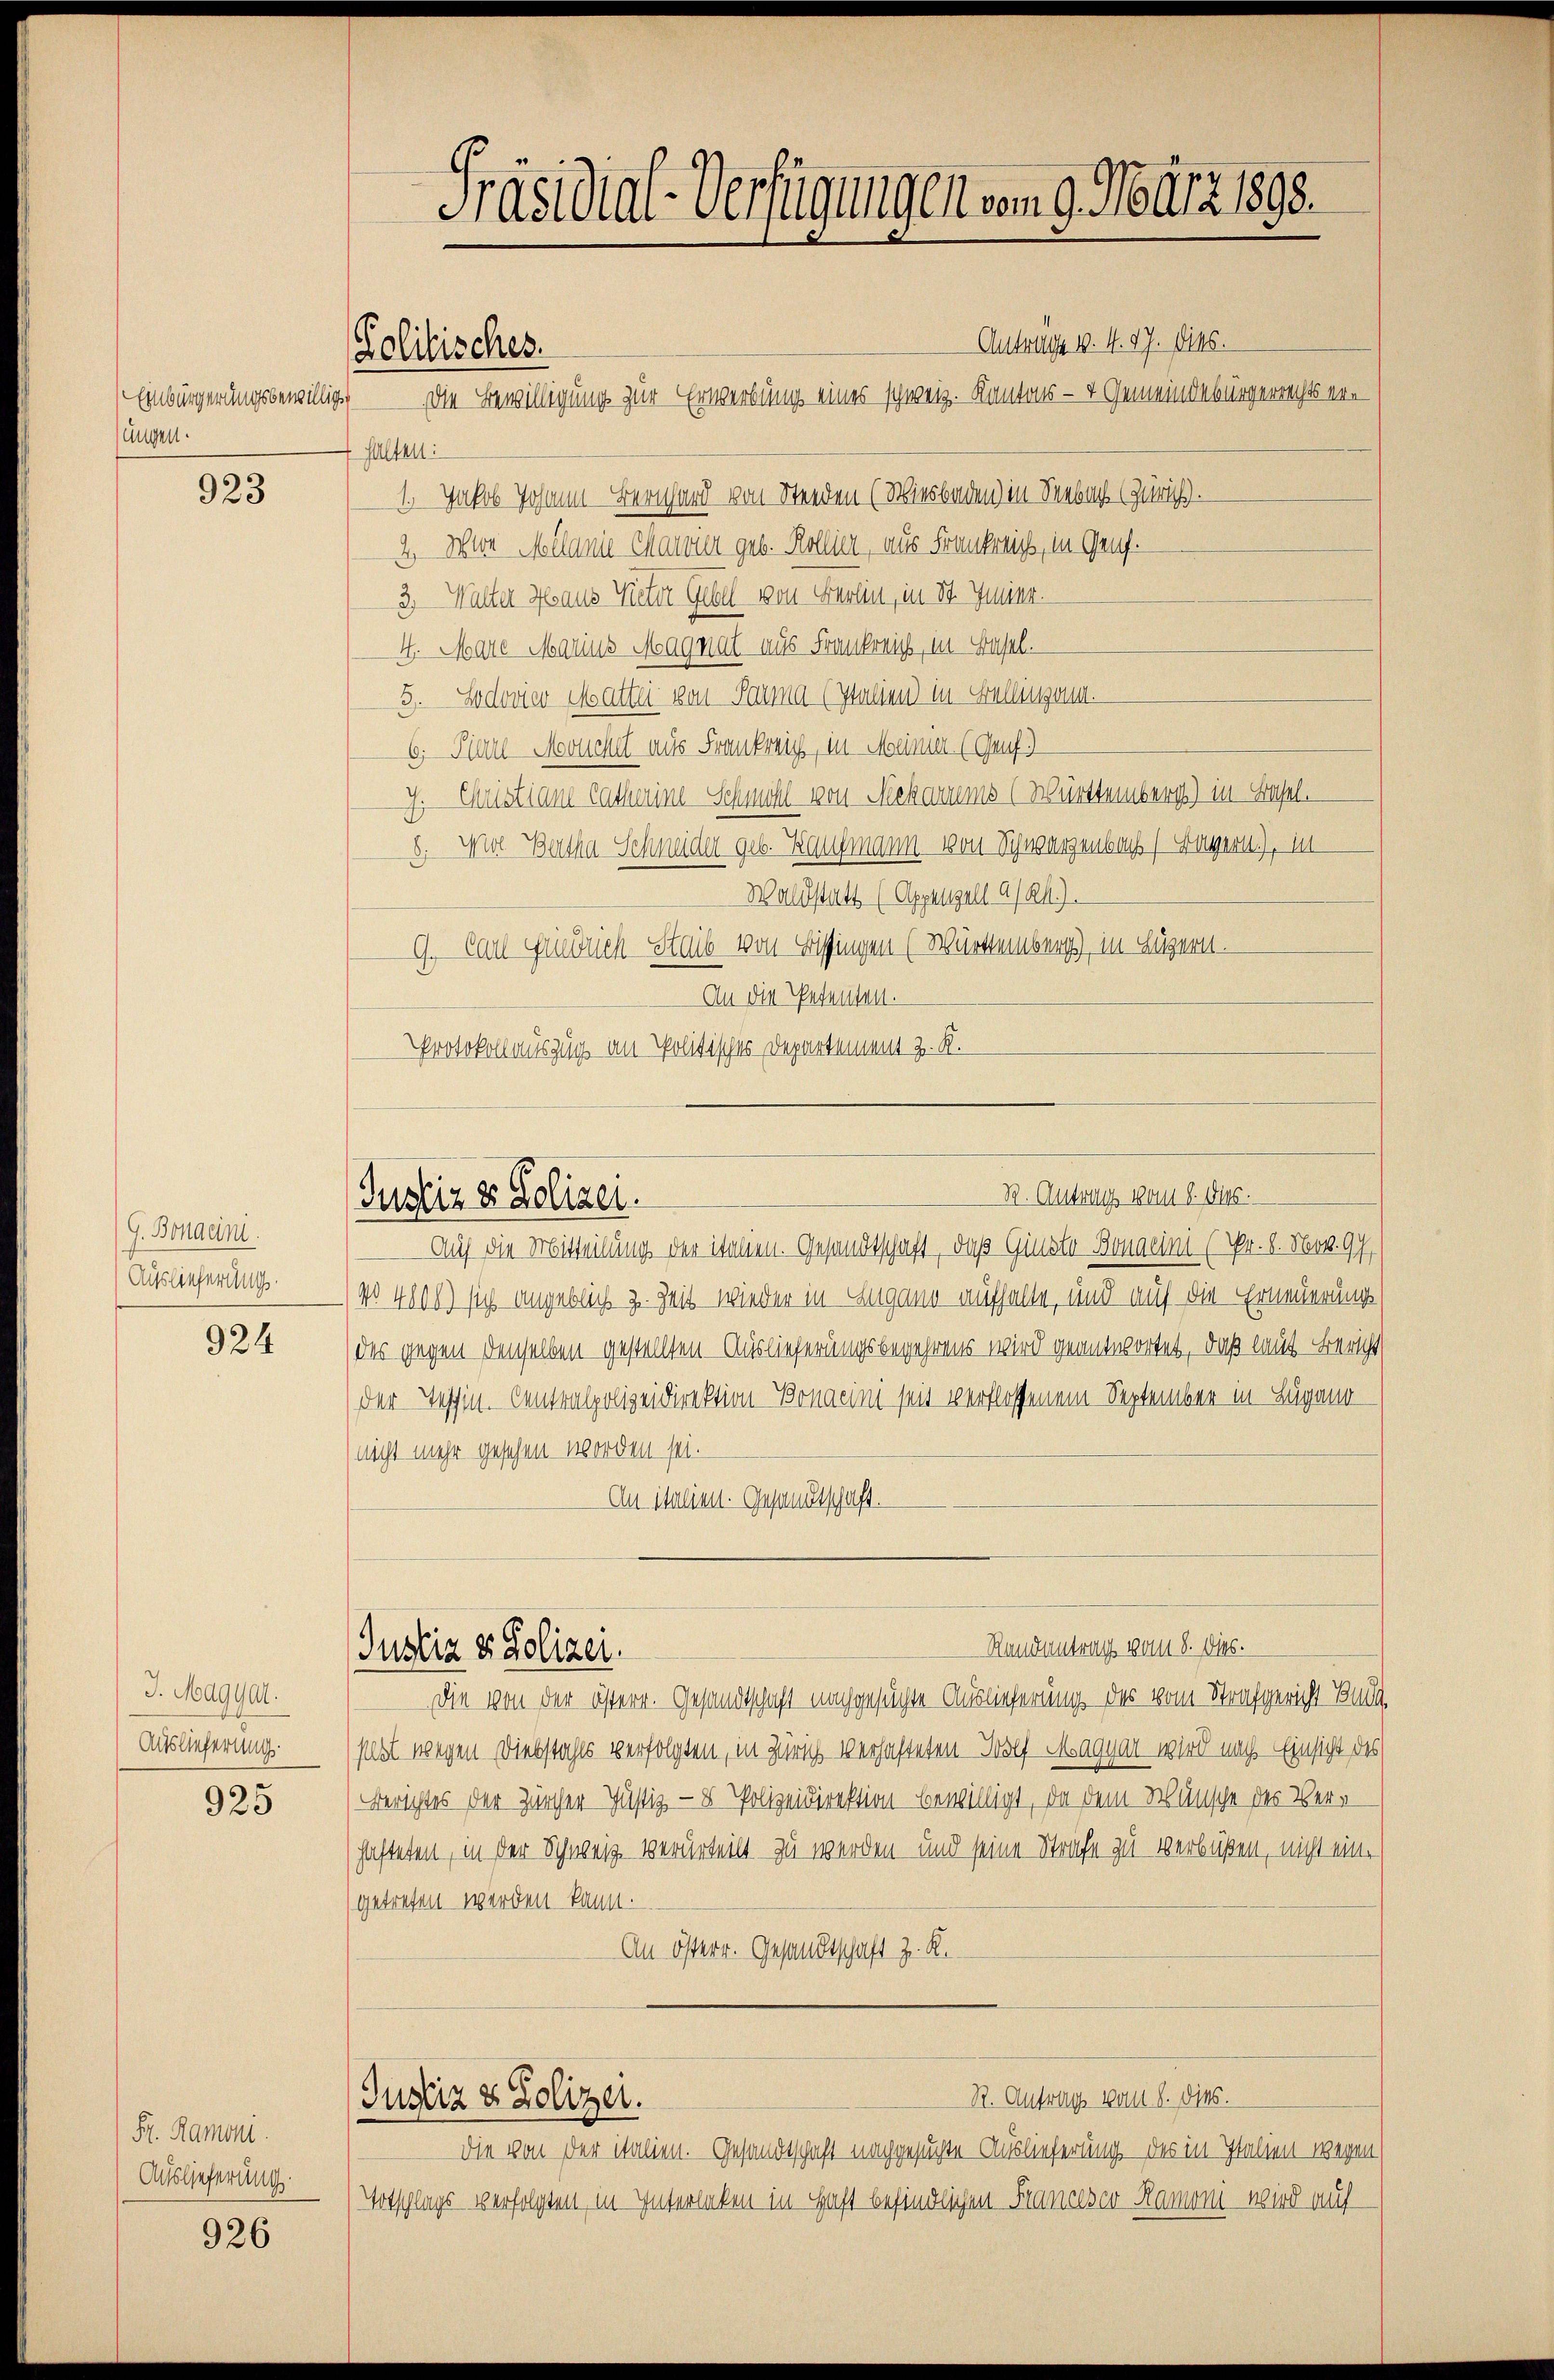
Einbürgerungsbewilligs
sungen.

923

G. Bonaeini
Auslieferung.

924

J. Magyar.
Auslieferung

925

Fr. Ramoni.
Auslieferung.

926

Präsidial-Verfügungen vom 9. März 1898.

Politisches.

Antrage v. 4. 17. Dies.
Die Bewilligung zur Erwerbung eines schweiz. Kantons - + Gemeindebürgerrechts erhalten:
1. Jakob Johann Bernhard von Stenden (Wiesbaden) in Seebach (Zürich.
2. Mit Melanie Charone geb. Kollier, aus Frankreis, in Genf.
3. Walter Haus Victor Gesell von Berlin, in St. Jahr.
4. Mare Marius Magnat aus Frankreis, in Basel.
5. Ludovier Mattei von Parma (Italien) in Fallingen.
6; Karl Mouchet aus Frankreis, in Meiner (Genf)
J. Christian Catharine Schwohl von Meharrems (Württemberg) in Basel.
8. Wol Bartha Schneider geb. Kaufmann von Schwarzenbach Bayern), m
Waldstatt (Appelgell a/24).
9. Carl Friedrich Staub von Bissingen (Würtemberg), in Luzern.
An die Petenten.
Protokollauszug an Politisches Departement z. K.

B. Antrags vom 8. dies.
Justiz & Polizei.

Justiz & Polizei.

Justiz & Polizei.

Randantrag vom 8. Dies

R. Antrags vom 8. dies.

Auf die Mitteilung der italen. Gesandtschaft, daß Ginste Bonaeini (Pr. l. No. 97
No 4800) sich angeblich z. Zeit wieder in Angang aufhalte, und auf die Erneuerung
des gegen denselben gestellten - Auslieferungsbegehrens wird geantwortet, daß laut Bericht
der Tessin-Centralpolizeidirektion Bonacini seit verflossenem September in Lugano
nicht mehr gesehen worden sei.
An italien. Gesandtschaft.

Die von der österr. Gesandtschaft nachgesuchte Auslieferung des vom Strafgericht Bad
slbt wegen Diebstahls verfolgten, in Zürich verhafteten Wolf Magyar wird nach Einsicht des
Berichtes der Zürcher Justiz - 8 Polizeidirektion bewilligt, da dem Wünsche des Ver-
hafteten, in der Schweiz verurteilt zu werden und seine Strafe zu verbüßen, nicht eingetreten werden kann.
An österr. Gesandtschaft z. K.

Die von der italien. Gesandtschaft nachgesuchte Auslieferung des in Italten wegen
Votschlags verfolgten in Interlaken in Haft befindlichen Francesco Ramoni wird auf